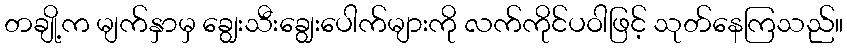
တချို့က မျက်နှာမှ ချွေးသီးချွေးပေါက်များကို လက်ကိုင်ပဝါဖြင့် သုတ်နေကြသည်။